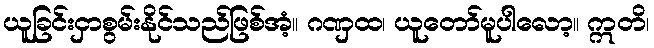
ယူခြင်းငှာစွမ်းနိုင်သည်ဖြစ်အံ့။ ဂဏှထ၊ ယူတော်မူပါလော့။ ဣတိ၊